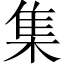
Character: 集